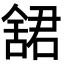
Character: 𬜋